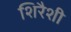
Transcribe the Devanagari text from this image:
शिरैशी